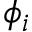
\phi _ { i }